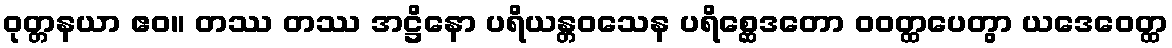
ဝုတ္တနယာ ဧဝ။ တဿ တဿ အဋ္ဌိနော ပရိယန္တဝသေန ပရိစ္ဆေဒတော ဝဝတ္ထပေတွာ ယဒေဝေတ္ထ